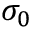
\sigma _ { 0 }